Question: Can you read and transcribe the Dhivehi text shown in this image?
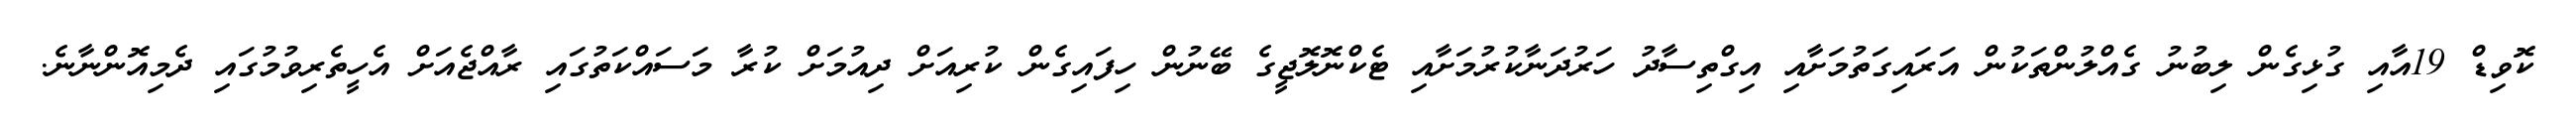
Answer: ކޮވިޑް 19އާއި ގުޅިގެން ލިބުނު ގެއްލުންތަކުން އަރައިގަތުމަށާއި އިގްތިސާދު ހަރުދަނާކުރުމަށާއި ޓެކްނޮލޮޖީގެ ބޭނުން ހިފައިގެން ކުރިއަށް ދިއުމަށް ކުރާ މަސައްކަތުގައި ރާއްޖެއަށް އެހީތެރިވުމުގައި ދެމިއޮންނާނެ.